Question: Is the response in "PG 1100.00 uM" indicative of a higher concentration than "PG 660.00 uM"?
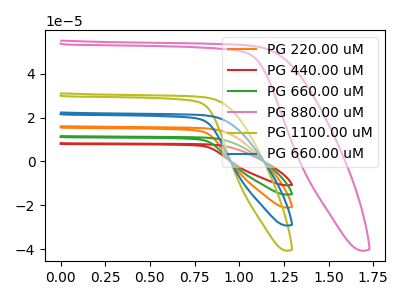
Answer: <think>The orange curve "PG 220.00 uM" has no peaks. The red curve "PG 440.00 uM" has no peaks. The green curve "PG 660.00 uM" has no peaks. The pink curve "PG 880.00 uM" has no peaks. The olive curve "PG 1100.00 uM" has no peaks. The blue curve "PG 660.00 uM" has no peaks.
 Neither "PG 1100.00 uM" or "PG 660.00 uM" have any peaks.</think>
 <answer>I cant tell if "PG 1100.00 uM" or "PG 660.00 uM" has more signal.</answer>
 <eval>mixed_signal</eval>